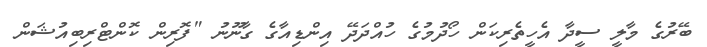
ބޭރުގެ މާލީ ސީދާ އެހީތެރިކަން ހޯދުމުގެ ހުއްދަދޭ އިންޑިއާގެ ގާނޫނު "ފޮރިން ކޮންޓްރިބިއުޝަން